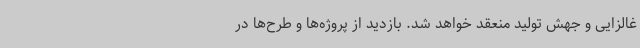
غالزایی و جهش تولید منعقد خواهد شد. بازدید از پروژه‌ها و طرح‌ها در